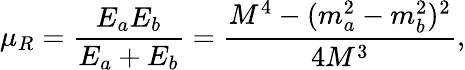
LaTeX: \mu_{R}=\frac{E_{a}E_{b}}{E_{a}+E_{b}}=\frac{M^{4}-(m_{a}^{2}-m_{b}^{2})^{2}}{4M^{3}},